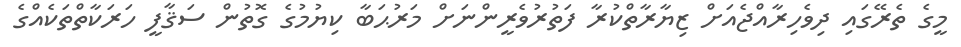
މީގެ ތެރޭގައި ދިވެހިރާއްޖެއަށް ޒިޔާރާތްކުރާ ފަތުރުވެރީންނަށް މަރުޙަބާ ކިޔުމުގެ ގޮތުން ސަޤާފީ ހަރަކާތްތަކެއްގެ